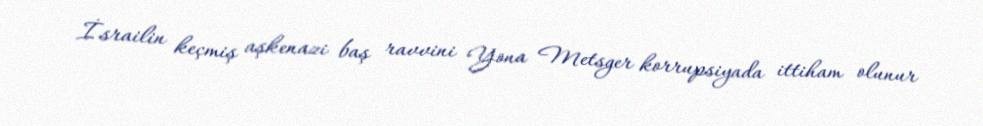
İsrailin keçmiş aşkenazi baş ravvini Yona Metsger korrupsiyada ittiham olunur